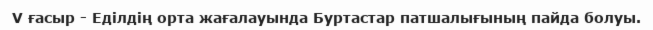
V ғасыр - Еділдің орта жағалауында Буртастар патшалығының пайда болуы.